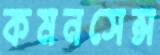
কমনসেন্স